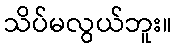
သိပ်မလွယ်ဘူး။